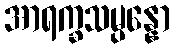
အာရက္ခသမ္ပန္နော